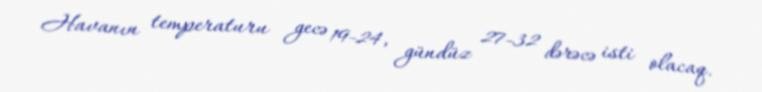
Havanın temperaturu gecə 19-24, gündüz 27-32 dərəcə isti olacaq.